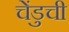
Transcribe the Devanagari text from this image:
चेंडुची